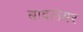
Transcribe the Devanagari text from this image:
बादलेयर